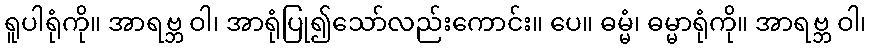
ရူပါရုံကို။ အာရဗ္ဘ ဝါ၊ အာရုံပြု၍သော်လည်းကောင်း။ ပေ။ ဓမ္မံ၊ ဓမ္မာရုံကို။ အာရဗ္ဘ ဝါ၊